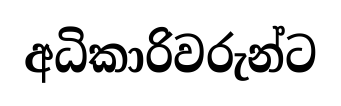
අධිකාරිවරුන්ට